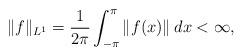
LaTeX: \begin{align*}\|f\|_{L^1} = \frac{1}{2\pi}\int_{-\pi}^{\pi} \|f(x)\|_{}\,d x < \infty,\end{align*}